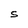
Character: S